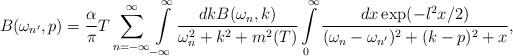
LaTeX: \begin{align*}B(\omega_{n'},p)=\frac{\alpha}{\pi}T\sum_{n=-\infty}^\infty\int\limits_{-\infty}^\infty\frac{dkB(\omega_n,k)}{\omega^2_n+k^2+m^2(T)}\int\limits_0^\infty\frac{dx\exp(-l^2x/2)}{(\omega_n-\omega_{n'})^2+(k-p)^2+x},\end{align*}